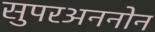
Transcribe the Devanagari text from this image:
सुपरअननोन